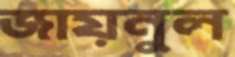
জায়নুল